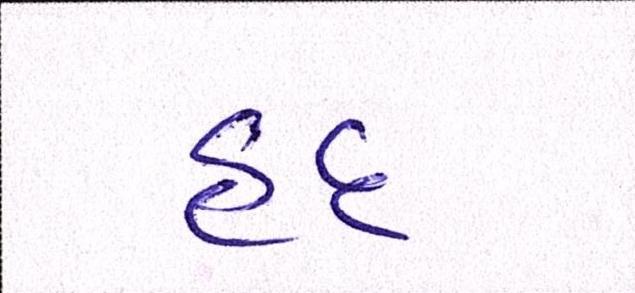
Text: હદ